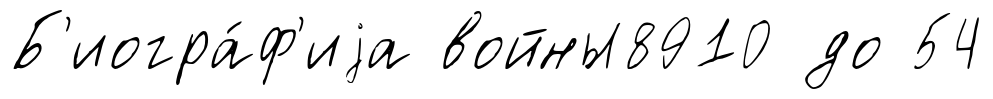
Б'иогра́ф'иjа войны8910 до 54